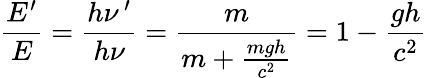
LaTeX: {\frac{E^{\prime}}{E}}={\frac{h\nu\, ^{\prime}}{h\nu}}={\frac{m}{m+{\frac{mgh}{c^{2}}}}}=1-{\frac{gh}{c^{2}}}